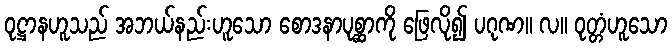
ဝုဋ္ဌာနဟူသည် အဘယ်နည်းဟူသော စောဒနာပုစ္ဆာကို ဖြေလို၍ ပဂုဏ။ လ။ ဝုတ္တံဟူသော